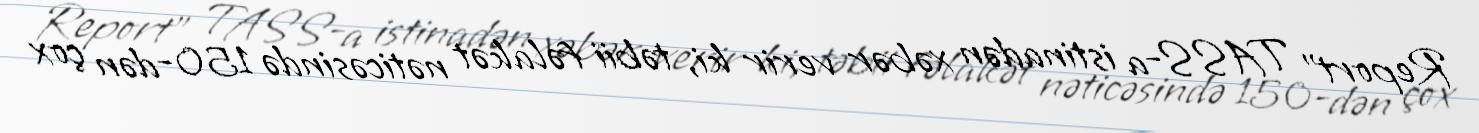
Report" TASS-a istinadən xəbər verir ki, təbii fəlakət nəticəsində 150-dən çox